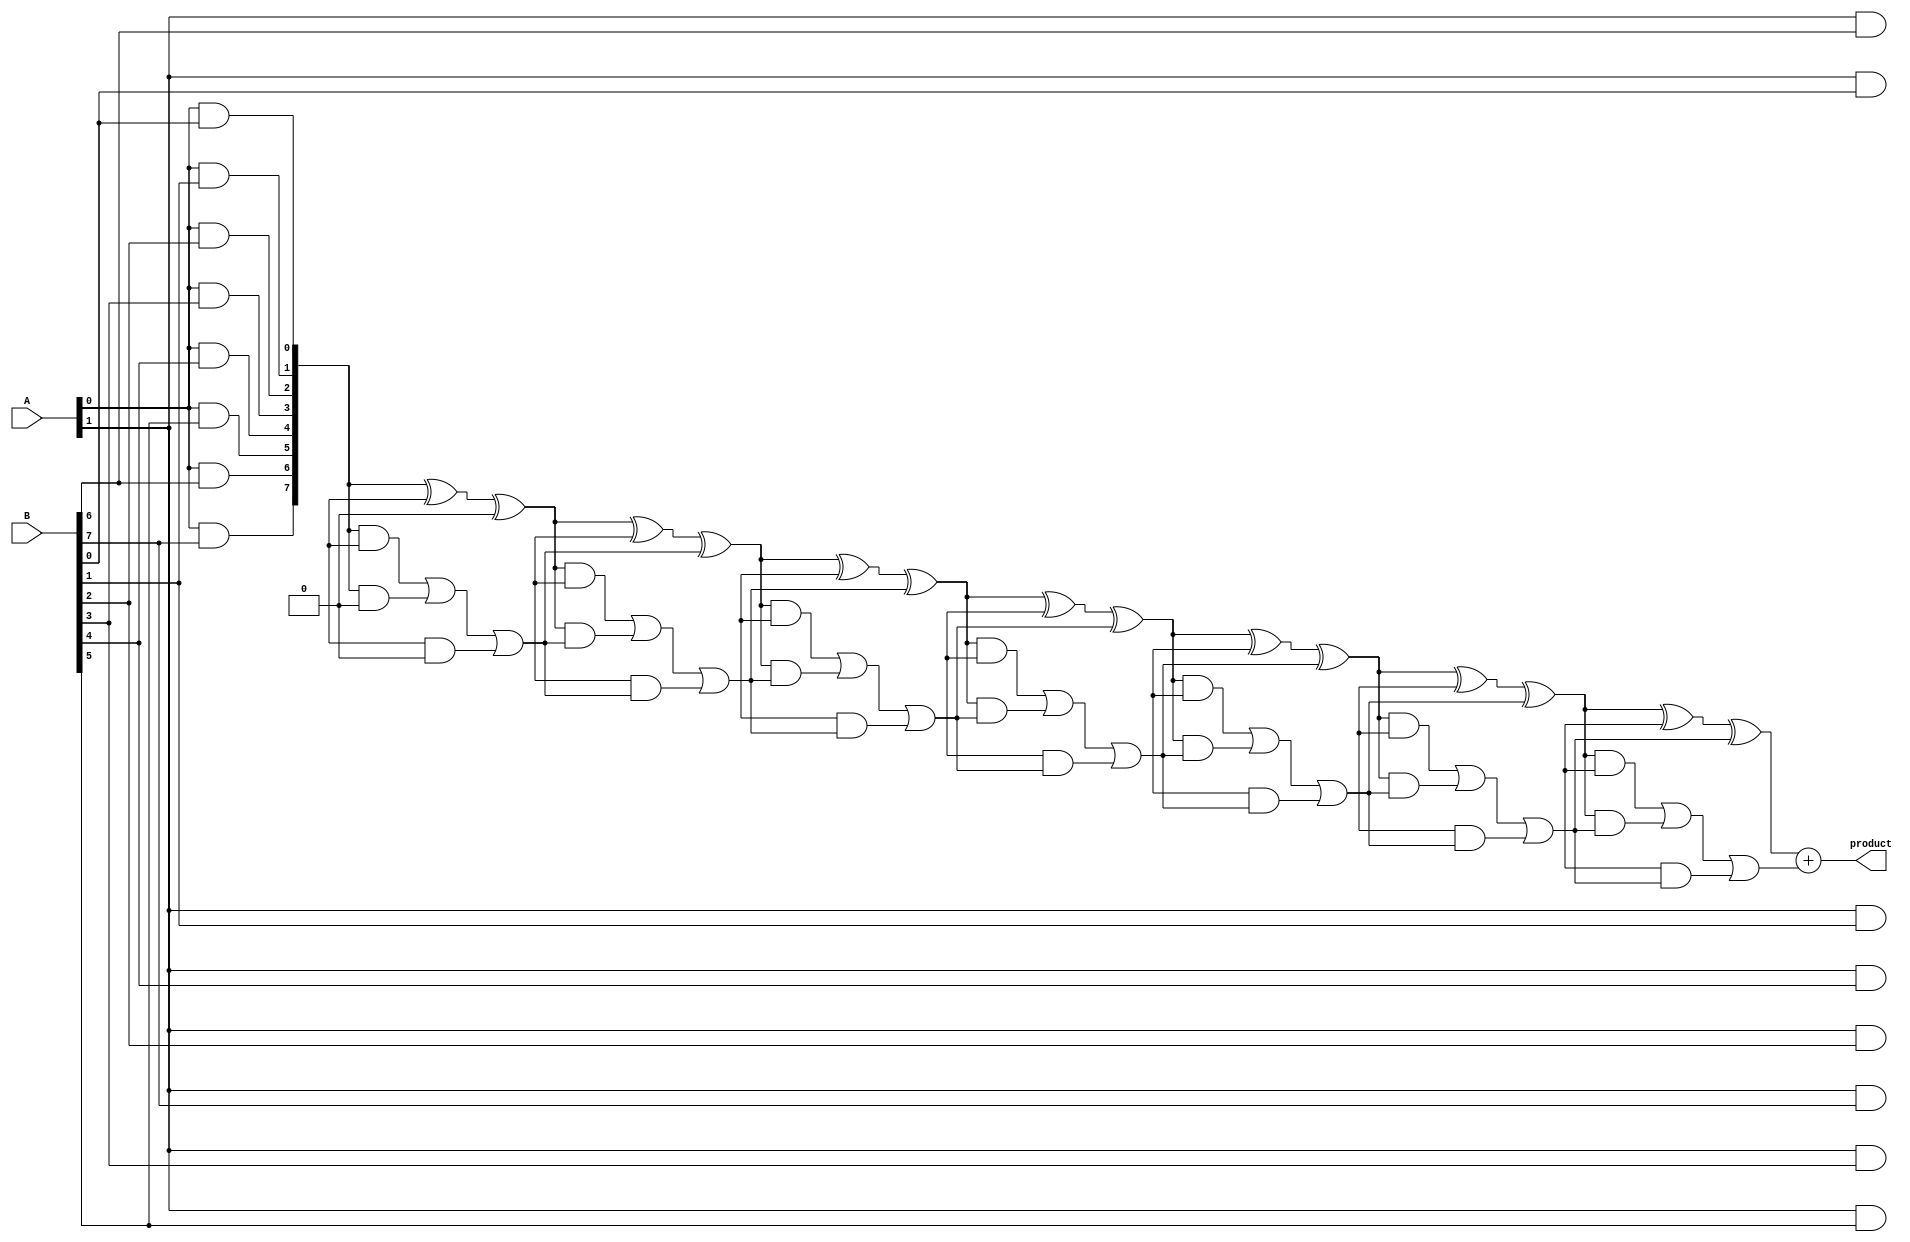
module adaptive_wallace_tree_multiplier #(parameter A_WIDTH = 8, B_WIDTH = 8)(
    input [A_WIDTH-1:0] A,
    input [B_WIDTH-1:0] B,
    output reg [(A_WIDTH + B_WIDTH - 1):0] product
);

    // Partial product generation
    wire [A_WIDTH * B_WIDTH - 1:0] partial_products [(A_WIDTH-1):0];
    
    genvar i, j;
    generate
        for (i = 0; i < A_WIDTH; i = i + 1) begin : pp_gen
            for (j = 0; j < B_WIDTH; j = j + 1) begin : pp_and
                assign partial_products[i][j + (i * B_WIDTH)] = A[i] & B[j];
            end
        end
    endgenerate

    // Wallace tree reduction using carry-save adders
    wire [A_WIDTH * B_WIDTH - 1:0] sum;
    wire [A_WIDTH * B_WIDTH - 1:0] carry;
    
    // Carry-save adder reduction stages
    wire [A_WIDTH * B_WIDTH - 1:0] CSA_sum [(A_WIDTH-1):0];
    wire [A_WIDTH * B_WIDTH - 1:0] CSA_carry [(A_WIDTH-1):0];
    
    // Initialize first stage
    assign CSA_sum[0] = partial_products[0];
    assign CSA_carry[0] = {A_WIDTH * B_WIDTH{1'b0}};
    
    genvar k;
    generate
        for (k = 1; k < A_WIDTH; k = k + 1) begin : CSA_stage
            wire [A_WIDTH * B_WIDTH - 1:0] pp1 = CSA_sum[k-1];
            wire [A_WIDTH * B_WIDTH - 1:0] pp2 = partial_products[k];
            wire [A_WIDTH * B_WIDTH - 1:0] carry_in = CSA_carry[k-1];

            // Carry-save addition
            assign CSA_sum[k] = pp1 ^ pp2 ^ carry_in;
            assign CSA_carry[k] = (pp1 & pp2) | (pp1 & carry_in) | (pp2 & carry_in);
        end
    endgenerate

    // Final addition stage
    wire [(A_WIDTH + B_WIDTH - 1):0] final_sum;
    wire [(A_WIDTH + B_WIDTH - 1):0] final_carry;

    // Simple ripple carry adder for the final addition
    assign final_sum = CSA_sum[A_WIDTH-1] + CSA_carry[A_WIDTH-1];

    always @(*) begin
        product = final_sum; // Assign the final product
    end

endmodule